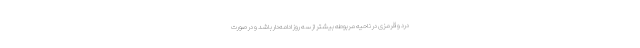
درد و قرمزی در ناحیه مربوطه بیشتر از سه روز ادامه‌دار باشد و در صورت